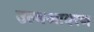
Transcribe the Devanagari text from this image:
उल्बआवरण